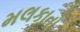
મલકાતો